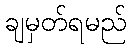
ချမှတ်ရမည်